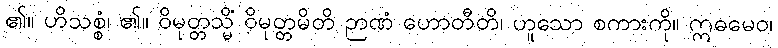
၏။ ဟိသစ္စံ၊ ၏။ ဝိမုတ္တသ္မိံ ဝိမုတ္တမိတိ ဉာဏံ ဟောတီတိ၊ ဟူသော စကားကို။ ဣဓမေဝ၊